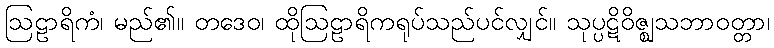
ဩဠာရိကံ၊ မည်၏။ တဒေဝ၊ ထိုဩဠာရိကရုပ်သည်ပင်လျှင်။ သုပ္ပဋိဝိဇ္ဈသဘာဝတ္တာ၊